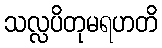
သလ္လပိတုမရဟတိ